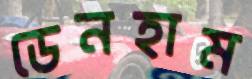
ডেনহাম